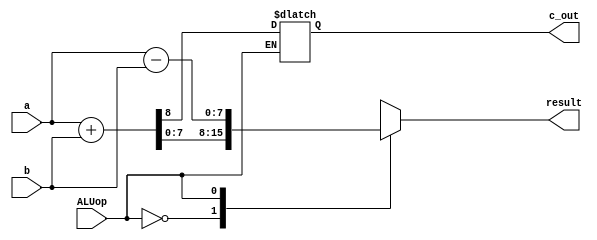

module Alu(
input [7:0]a,b,
input wire ALUop,
output reg [7:0]result,
output reg c_out
);

always@*
begin
	case(ALUop)
		1'b0 : {c_out,result} <= a + b;			   //add
		1'b1 : result <= $signed(a) - $signed(b);  //sub
	endcase
end
endmodule